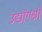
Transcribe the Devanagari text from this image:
उद्योगश्री